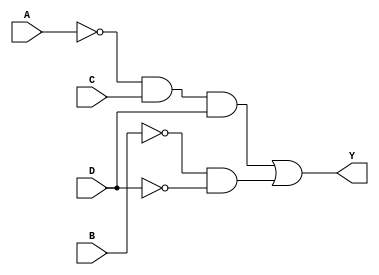
module kmap_combinational_logic (
    input wire A,   // input variable A
    input wire B,   // input variable B
    input wire C,   // input variable C
    input wire D,   // input variable D
    output wire Y   // output
);

// Implementing the simplified expression derived from the K-map
// Based on the example provided: Y = A'CD + B'D'

// Internal signal declarations for negated inputs
wire A_not = ~A;
wire B_not = ~B;
wire C_not = ~C;
wire D_not = ~D;

// Group 1: Covers minterms 1, 3, 5, 7 -> A'CD
wire group1 = A_not & C & D;

// Group 2: Covers minterms 0, 2, 4, 6 -> B'D'
wire group2 = B_not & D_not;

// Final output
assign Y = group1 | group2;

endmodule